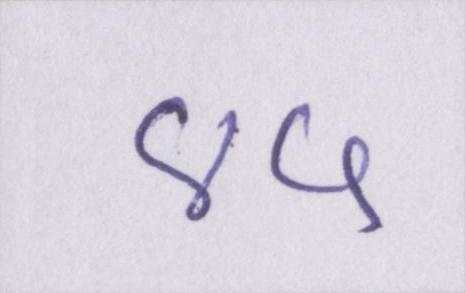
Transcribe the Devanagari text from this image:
४५